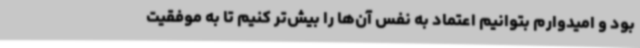
بود و امیدوارم بتوانیم اعتماد به نفس آن‌ها را بیش‌تر کنیم تا به موفقیت